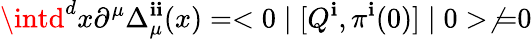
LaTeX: \intd^{d}x\partial^{\mu}\Delta_{\mu}^{\mathbf{i}\mathbf{i}}(x)=<0\mid[Q^{\mathbf{i}},\pi^{\mathbf{i}}(0)]\mid0>\not{=}0